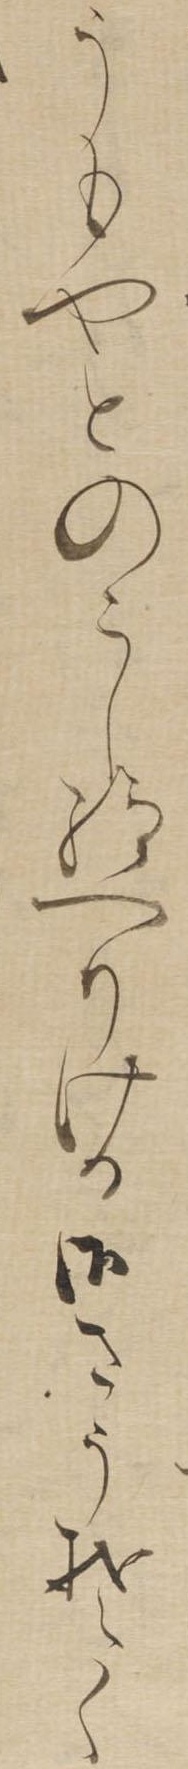
うもやとのこし給へりける御さうそく